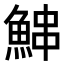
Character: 𬵓